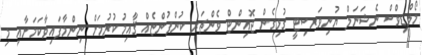
މޯލްޑިވްސް ނެޝަނަލް ޔުނިވަރސިޓީ ގުޅިގެން ޖޮއިންޓް ވެންޗަރ ކުންފުންޏެއް ޤާއިމުކުރުމަށް ނިންމާފައިވާކަމަށާއި މި